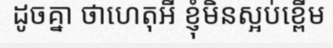
ដូចគ្នា ថាហេតុអី ខ្ញុំមិនស្អប់ខ្ពើម